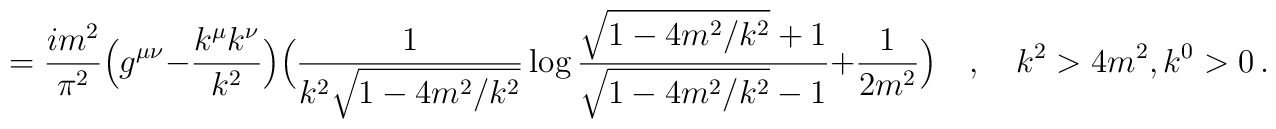
=\frac{im^2}{\pi^2} \Bigl( g^{\mu \nu} - \frac{k^\mu k^\nu}{k^2} \Bigr)\Bigl( \frac{1}{k^2 \sqrt{1-4m^2/k^2}} \log \frac{\sqrt{1-4m^2/k^2}+1}{\sqrt{1-4m^2/k^2}-1} + \frac{1}{2m^2} \Bigr) \quad ,\quad k^2>4m^2,k^0>0 \, .